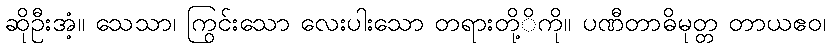
ဆိုဦးအံ့။ သေသာ၊ ကြွင်းသော လေးပါးသော တရားတို့ိကို။ ပဏီတာဓိမုတ္တ တာယဧဝ၊